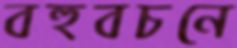
বহুবচনে